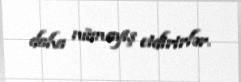
daha nümayiş etdirirlər.